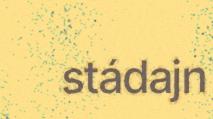
stádajn